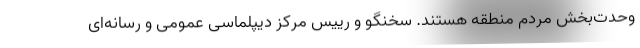
وحدت‌بخش مردم منطقه هستند. سخنگو و رییس مرکز دیپلماسی عمومی و رسانه‌ای